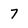
Character: 7